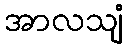
အာလသျံ